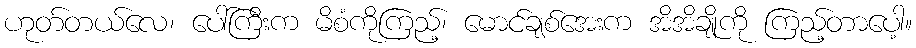
ဟုတ်တယ်လေ၊ ပေါ်ကြီးက မိစံကိုကြည့်၊ မောင်ချစ်အေးက အိအိချိုကို ကြည့်တာပေါ့။